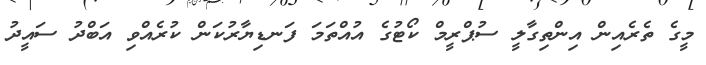
މީގެ ތެރެެއިން އިންތިގާލީ ސުޕްރީމް ކޯޓުގެ އުއްތަމަ ފަނޑިޔާރުކަން ކުރެއްވި އަބްދު ސައީދު